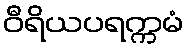
ဝီရိယပရက္ကမံ